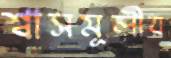
শ্বাসমূলীয়